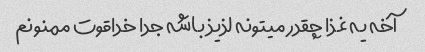
آخه یه غذا چقدر میتونه لذیذ باشه جدا خداقوت ممنونم